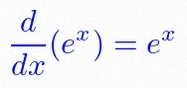
\frac{d}{dx}(e^x)=e^x